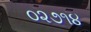
૦૨૭૧૪